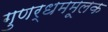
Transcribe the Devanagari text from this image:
गुणर्धममूलक